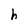
Character: h